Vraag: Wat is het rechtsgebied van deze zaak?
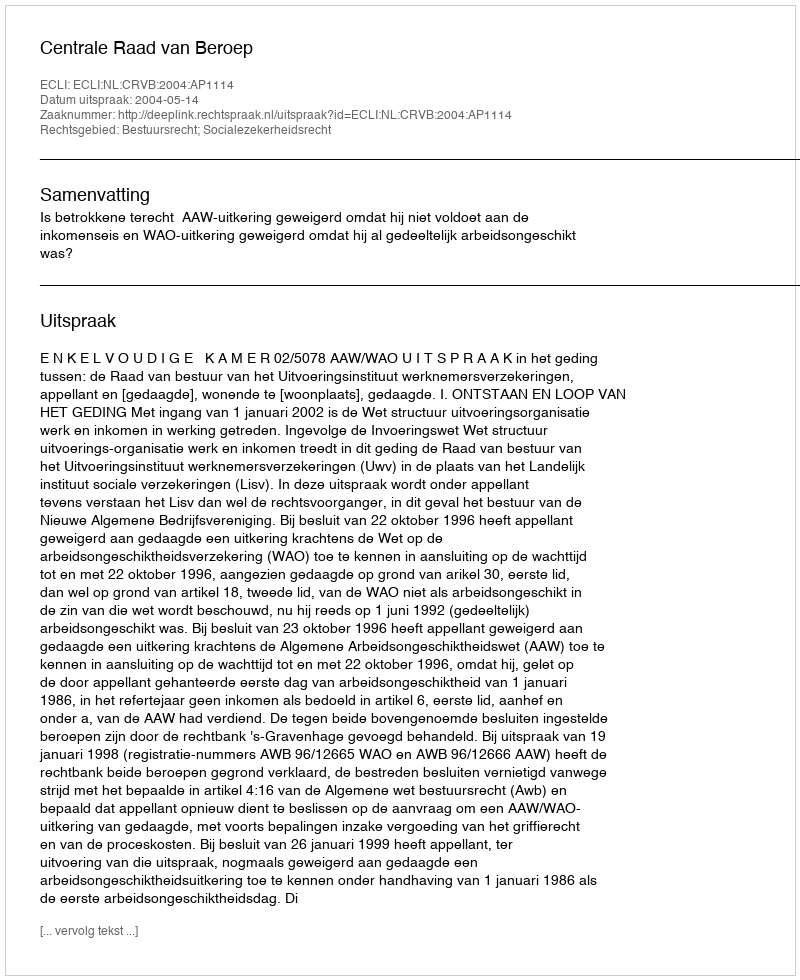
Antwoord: Bestuursrecht; Socialezekerheidsrecht